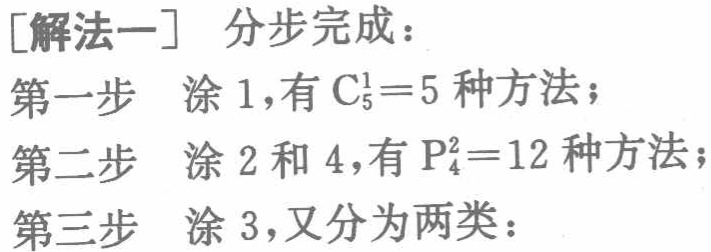
[解法一] 分步完成：
第一步 涂 1,有 \(C_{5}^{1}=5\) 种方法；
第二步 涂 2 和 4,有 \(P_{4}^{2}=12\) 种方法；
第三步 涂 3,又分为两类：